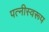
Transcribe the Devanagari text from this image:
पत्नीस्वरूप